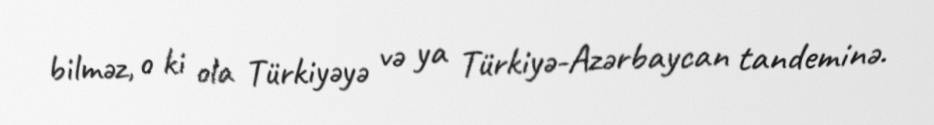
bilməz, o ki ola Türkiyəyə və ya Türkiyə-Azərbaycan tandeminə.